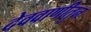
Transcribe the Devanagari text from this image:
देववाणीतुन